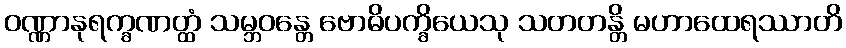
ဝဏ္ဏာနုရက္ခဏတ္ထံ သမ္ဘဝန္တေ ဗောဓိပက္ခိယေသု သတတန္တိ မဟာထေရဿာတိ